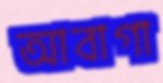
আবাগা